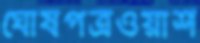
ঘোষপত্রওয়াশ